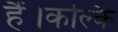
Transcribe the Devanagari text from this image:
हैं।कल्कि